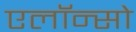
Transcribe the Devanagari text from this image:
एलॉन्सो